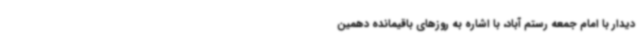
دیدار با امام جمعه رستم آباد، با اشاره به روزهای باقیمانده دهمین